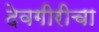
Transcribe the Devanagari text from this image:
देवगीरीचा